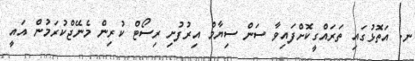
ނ. އަތޮޅުގައި ތަރައްގީކޮށްފައިވާ ސަން ސިޔާމް އިރުފުށި ރިސޯޓް ކުރިން މެނޭޖްކުރަމުން އައީ